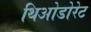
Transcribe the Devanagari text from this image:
थिओडोरेट